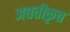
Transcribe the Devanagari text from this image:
अद्यतीकृत